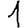
Digit: 1